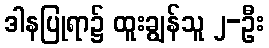
ဒါနပြုရာ၌ ထူးချွန်သူ ၂-ဦး